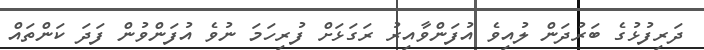
ދަރިފުޅުގެ ބަރުދަން ލުއިވެ އުފަންވާއިރު ރަގަޅަށް ފުރިހަމަ ނުވެ އުފަންވުން ފަދަ ކަންތައް